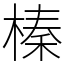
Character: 榛